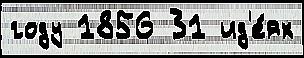
году 1856 31 ид'е́ях